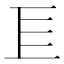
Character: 𢀚